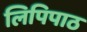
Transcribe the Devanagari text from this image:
लिपिपाठ